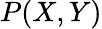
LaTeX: P(X,Y)